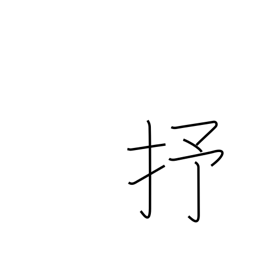
Meaning: 10**24